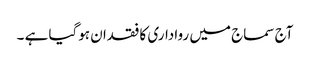
آج سماج میں رواداری کا فقدان ہوگیا ہے ۔